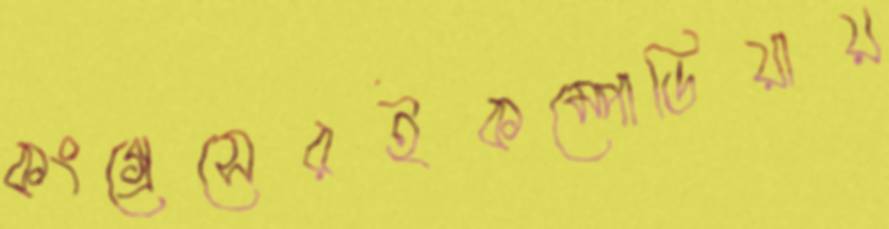
কংগ্রেসেরইকম্পোডিয়ায়